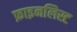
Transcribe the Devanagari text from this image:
फ़ाइनलिस्ट